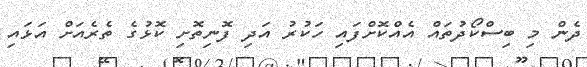
ދެން މި ބިސްކޯދުތައް އެއްކޮށްފައި ހަކުރު އަދި ފޮނިތޮށި ކޮޅުގެ ތެރެއަށް އަޅައި